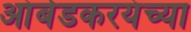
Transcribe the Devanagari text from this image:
आंबेडकरयंच्या